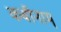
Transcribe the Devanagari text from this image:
कवीनाम्